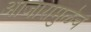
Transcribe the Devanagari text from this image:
आजारामुळेच